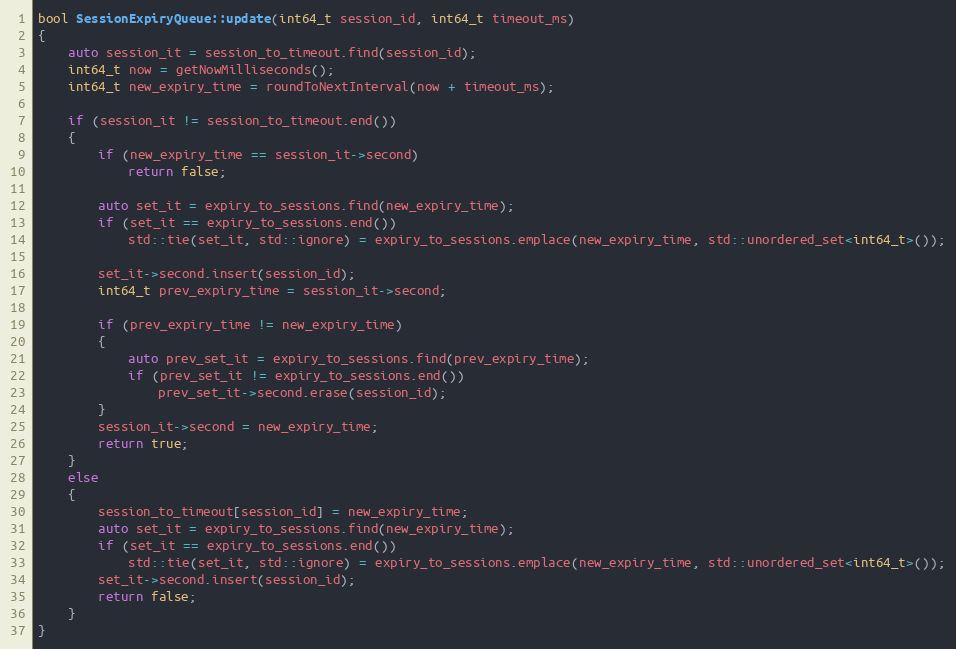
Language: C++
bool SessionExpiryQueue::update(int64_t session_id, int64_t timeout_ms)
{
    auto session_it = session_to_timeout.find(session_id);
    int64_t now = getNowMilliseconds();
    int64_t new_expiry_time = roundToNextInterval(now + timeout_ms);

    if (session_it != session_to_timeout.end())
    {
        if (new_expiry_time == session_it->second)
            return false;

        auto set_it = expiry_to_sessions.find(new_expiry_time);
        if (set_it == expiry_to_sessions.end())
            std::tie(set_it, std::ignore) = expiry_to_sessions.emplace(new_expiry_time, std::unordered_set<int64_t>());

        set_it->second.insert(session_id);
        int64_t prev_expiry_time = session_it->second;

        if (prev_expiry_time != new_expiry_time)
        {
            auto prev_set_it = expiry_to_sessions.find(prev_expiry_time);
            if (prev_set_it != expiry_to_sessions.end())
                prev_set_it->second.erase(session_id);
        }
        session_it->second = new_expiry_time;
        return true;
    }
    else
    {
        session_to_timeout[session_id] = new_expiry_time;
        auto set_it = expiry_to_sessions.find(new_expiry_time);
        if (set_it == expiry_to_sessions.end())
            std::tie(set_it, std::ignore) = expiry_to_sessions.emplace(new_expiry_time, std::unordered_set<int64_t>());
        set_it->second.insert(session_id);
        return false;
    }
}